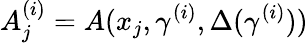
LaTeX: A_{j}^{(i)}=A(x_{j},\gamma^{(i)},\Delta(\gamma^{(i)}))